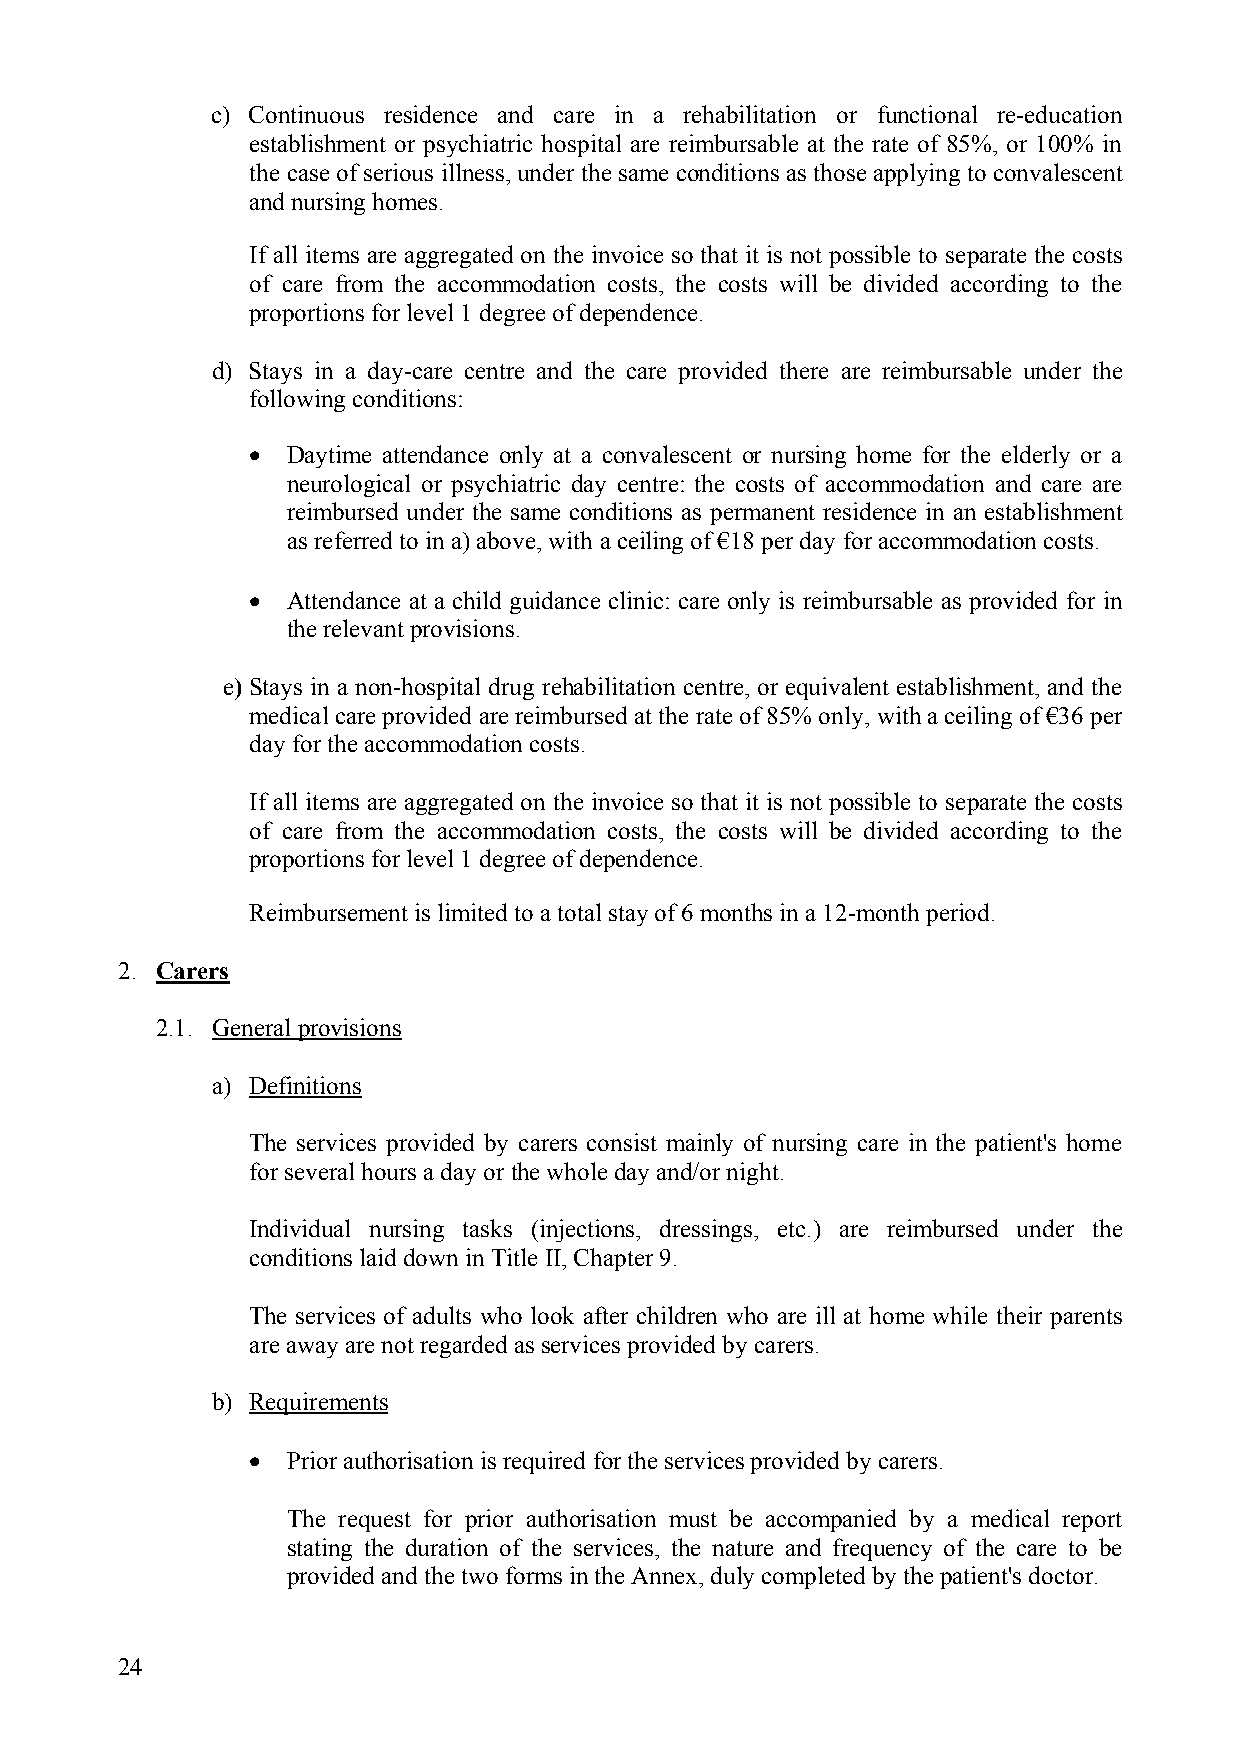
c) Continuous residence and care in a rehabilitation or functional re-education
 establishment or psychiatric hospital are reimbursable at the rate of 85%, or 100% in
 the case of serious illness, under the same conditions as those applying to convalescent
 and nursing homes.
 If all items are aggregated on the invoice so that it is not possible to separate the costs
 of care from the accommodation costs, the costs will be divided according to the
 proportions for level 1 degree of dependence.
 d) Stays in a day-care centre and the care provided there are reimbursable under the
 following conditions:
 • Daytime attendance only at a convalescent or nursing home for the elderly or a
 neurological or psychiatric day centre: the costs of accommodation and care are
 reimbursed under the same conditions as permanent residence in an establishment
 as referred to in a) above, with a ceiling of €18 per day for accommodation costs.
 • Attendance at a child guidance clinic: care only is reimbursable as provided for in
 the relevant provisions.
 e) Stays in a non-hospital drug rehabilitation centre, or equivalent establishment, and the
 medical care provided are reimbursed at the rate of 85% only, with a ceiling of €36 per
 day for the accommodation costs.
 If all items are aggregated on the invoice so that it is not possible to separate the costs
 of care from the accommodation costs, the costs will be divided according to the
 proportions for level 1 degree of dependence.
 Reimbursement is limited to a total stay of 6 months in a 12-month period.
 2. Carers
 2.1. General provisions
 a) Definitions
 The services provided by carers consist mainly of nursing care in the patient's home
 for several hours a day or the whole day and/or night.
 Individual nursing tasks (injections, dressings, etc.) are reimbursed under the
 conditions laid down in Title II, Chapter 9.
 The services of adults who look after children who are ill at home while their parents
 are away are not regarded as services provided by carers.
 b) Requirements
 • Prior authorisation is required for the services provided by carers.
 The request for prior authorisation must be accompanied by a medical report
 stating the duration of the services, the nature and frequency of the care to be
 provided and the two forms in the Annex, duly completed by the patient's doctor.
 24